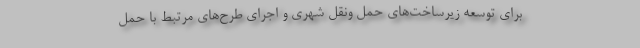
برای توسعه زیرساخت‌های حمل ونقل شهری و اجرای طرح‌های مرتبط با حمل